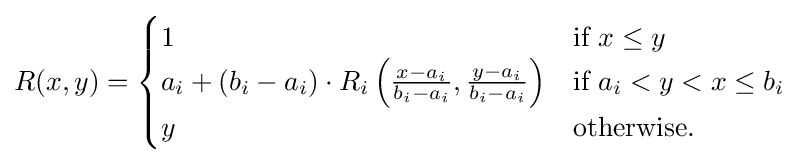
R(x,y)={\begin{cases}1&{\text{if }}x\leq y\\a_{i}+(b_{i}-a_{i})\cdot R_{i}\left({\frac {x-a_{i}}{b_{i}-a_{i}}},{\frac {y-a_{i}}{b_{i}-a_{i}}}\right)&{\text{if }}a_{i}<y<x\leq b_{i}\\y&{\text{otherwise.}}\end{cases}}